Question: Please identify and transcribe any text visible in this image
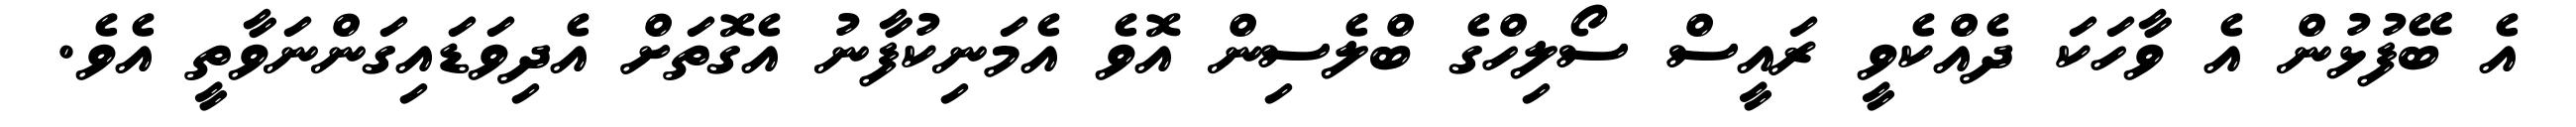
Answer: އެ ބޭފުޅުން އެ ވާހަކަ ދެއްކެވީ ރައީސް ސޯލިހްގެ ބްލެސިން އޮވެ އެމަނިކުފާނު އެގޮތަށް އެދިވަޑައިގަންނަވާތީ އެވެ.